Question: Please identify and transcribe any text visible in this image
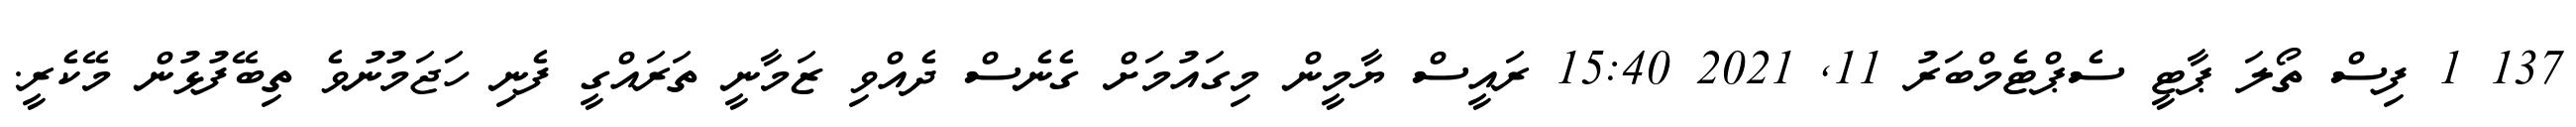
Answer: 137 1 ފިސް ތޯލަ ޕާޓީ ސެޕްޓެމްބަރު 11, 2021 15:40 ރައީސް ޔާމީން މިގައުމަށް ގެނެސް ދެއްވި ޒަމާނީ ތަރައްގީ ފެނި ހަޖަމުނުވެ ތިބޭފުޅުން މޭކެރީ.